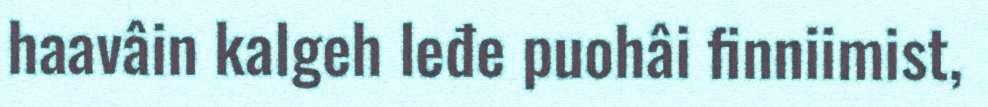
haavâin kalgeh leđe puohâi finniimist,